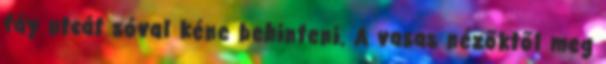
fáy utcát sóval kéne behinteni. A vasas nézőktől meg